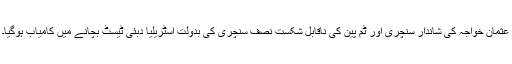
عثمان خواجہ کی شاندار سنچری اور ٹم پین کی ناقابل شکست نصف سنچری کی بدولت آسٹریلیا دبئی ٹیسٹ بچانے میں کامیاب ہوگیا۔